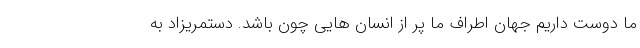
ما دوست داریم جهان اطراف ما پر از انسان هایی چون باشد. دستمریزاد به